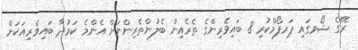
ރޭގެ ޝޯވގައި ޕަރފޯމްކުރި 8 ބައިވެރިންގެ ތެރެއިން ބެލުންތެރިންނަށް އެންމެ ކަމުދާ ބައިވެރިއަކަށް